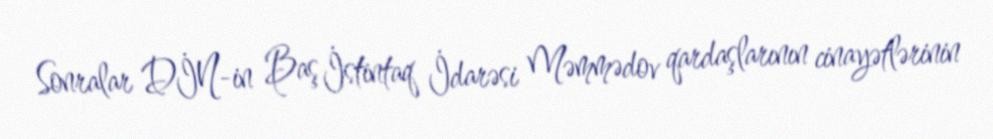
Sonralar DİN-in Baş İstintaq İdarəsi Məmmədov qardaşlarının cinayətlərinin